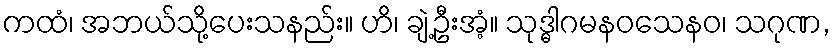
ကထံ၊ အဘယ်သို့ပေးသနည်း။ ဟိ၊ ချဲ့ဦးအံ့။ သုဒ္ဓါဂမနဝသေနဝ၊ သဂုဏ,